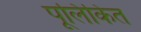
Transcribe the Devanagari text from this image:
पूलिकित